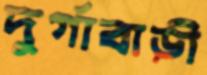
দুর্গাবাড়ী